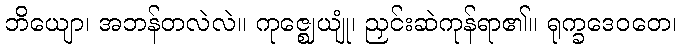
ဘိယျော၊ အဘန်တလဲလဲ။ ကုဇ္ဈေယျုံ၊ ညှင်းဆဲကုန်ရာ၏။ ရုက္ခဒေဝတေ၊